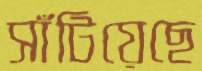
সাঁটিয়েছে